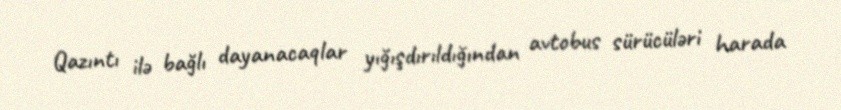
Qazıntı ilə bağlı dayanacaqlar yığışdırıldığından avtobus sürücüləri harada